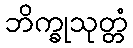
ဘိက္ခုသုတ္တံ